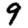
Digit: 9